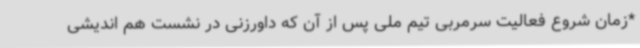
*زمان شروع فعالیت سرمربی تیم ملی پس از آن که داورزنی در نشست هم اندیشی